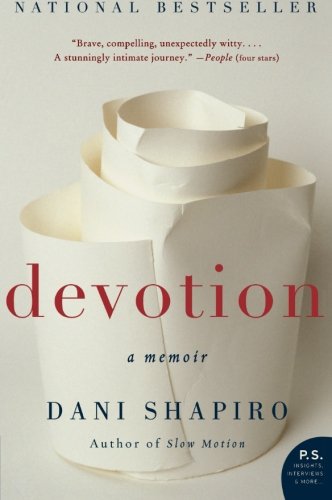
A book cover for Devotion: A Memoir; Dani Shapiro; Biographies & Memoirs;